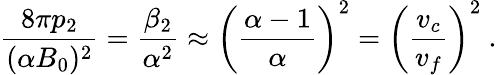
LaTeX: \frac{8\pi p_{2}}{(\alpha B_{0})^{2}}=\frac{\beta_{2}}{\alpha^{2}}\approx\left(\frac{\alpha-1}{\alpha}\right)^{2}=\left(\frac{v_{c}}{v_{f}}\right)^{2}\ .